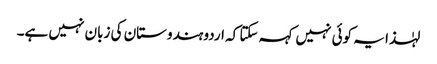
لہٰذا یہ کوئی نہیں کہہ سکتا کہ اردو ہندوستان کی زبان نہیں ہے۔